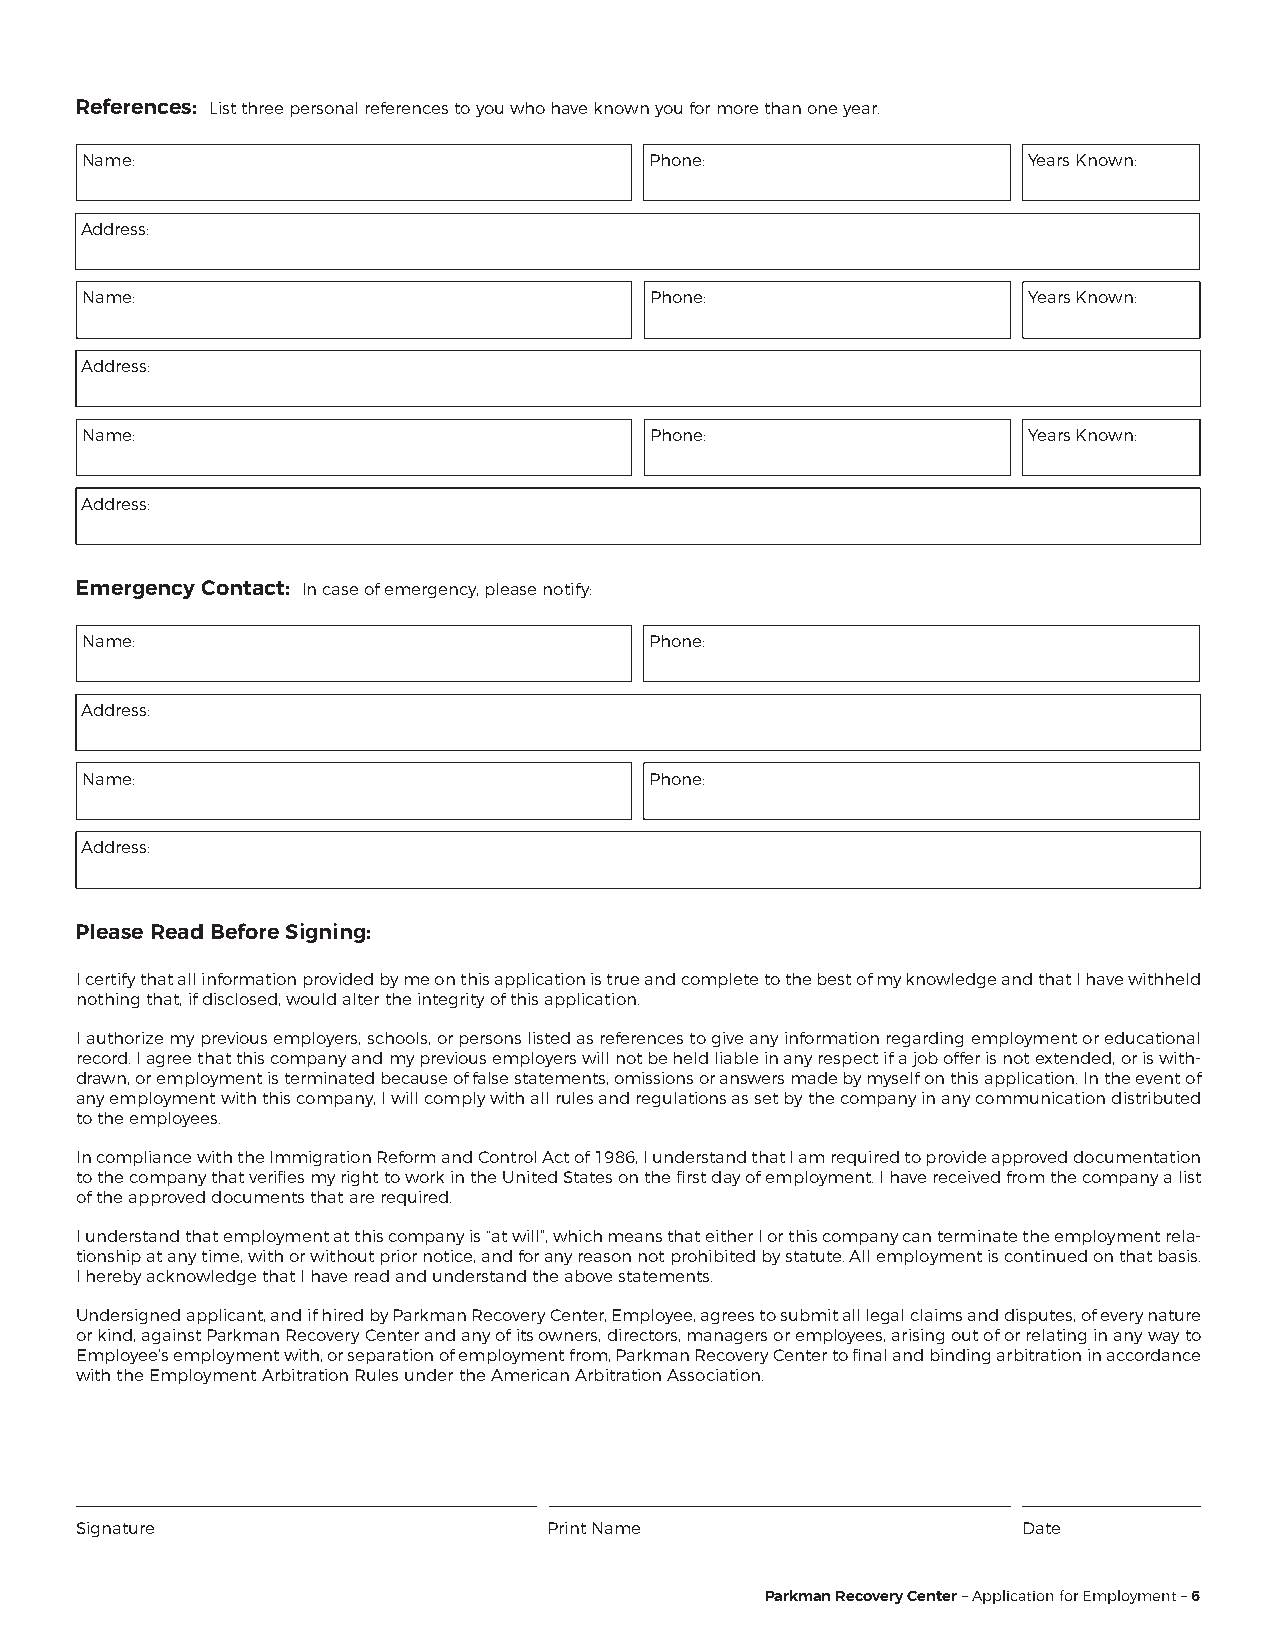
References: List three personal references to you who have known you for more than one year.
 Name:                                 Phone:                   Years Known:
 Address:
 Name:                                 Phone:                   Years Known:
 Address:
 Name:                                 Phone:                   Years Known:
 Address:
 Emergency Contact: In case of emergency, please notify:
 Name:                                 Phone:
 Address:
 Name:                                 Phone:
 Address:
 Please Read Before Signing:
 I certify that all information provided by me on this application is true and complete to the best of my knowledge and that I have withheld
 nothing that, if disclosed, would alter the integrity of this application.
 I authorize my previous employers, schools, or persons listed as references to give any information regarding employment or educational
 record. I agree that this company and my previous employers will not be held liable in any respect if a job offer is not extended, or is with-
 drawn, or employment is terminated because of false statements, omissions or answers made by myself on this application. In the event of
 any employment with this company, I will comply with all rules and regulations as set by the company in any communication distributed
 to the employees.
 In compliance with the Immigration Reform and Control Act of 1986, I understand that I am required to provide approved documentation
 to the company that verifies my right to work in the United States on the first day of employment. I have received from the company a list
 of the approved documents that are required.
 I understand that employment at this company is “at will”, which means that either I or this company can terminate the employment rela-
 tionship at any time, with or without prior notice, and for any reason not prohibited by statute. All employment is continued on that basis.
 I hereby acknowledge that I have read and understand the above statements.
 Undersigned applicant, and if hired by Parkman Recovery Center, Employee, agrees to submit all legal claims and disputes, of every nature
 or kind, against Parkman Recovery Center and any of its owners, directors, managers or employees, arising out of or relating in any way to
 Employee’s employment with, or separation of employment from, Parkman Recovery Center to final and binding arbitration in accordance
 with the Employment Arbitration Rules under the American Arbitration Association.
 Signature                      Print Name                      Date
 Parkman Recovery Center – Application for Employment – 6